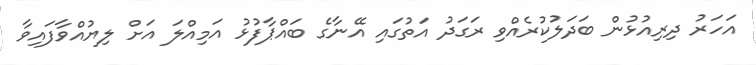
އަހަރު ދިރިއުޅުން ބަދަލުކުރެއްވި ރަގަދު އަތުގައި އޭނާގެ ބައްޕާފުޅު އަމިއްލަ އަށް ލިޔުއްވާފައިވާ